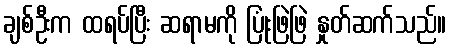
ချစ်ဦးက ထရပ်ပြီး ဆရာမကို ပြုံးဖြဲဖြဲ နှုတ်ဆက်သည်။